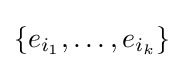
\{e_{i_{1}},\ldots ,e_{i_{k}}\}